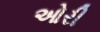
ઓરી